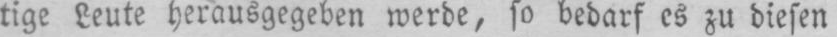
tige Leute herausgegeben werde, so bedarf es zu diesen